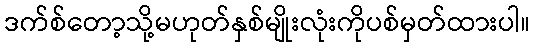
ဒက်စ်တော့သို့မဟုတ်နှစ်မျိုးလုံးကိုပစ်မှတ်ထားပါ။